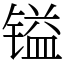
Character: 镒